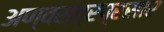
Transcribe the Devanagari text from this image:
अण्वस्त्रप्रसार